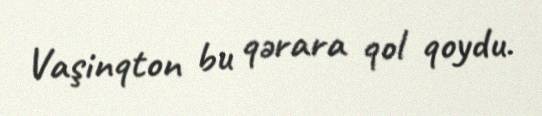
Vaşinqton bu qərara qol qoydu.